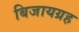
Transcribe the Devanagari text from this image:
बिजायग्रह